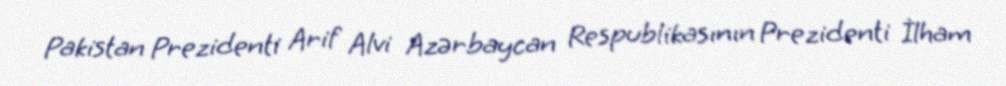
Pakistan Prezidenti Arif Alvi Azərbaycan Respublikasının Prezidenti İlham